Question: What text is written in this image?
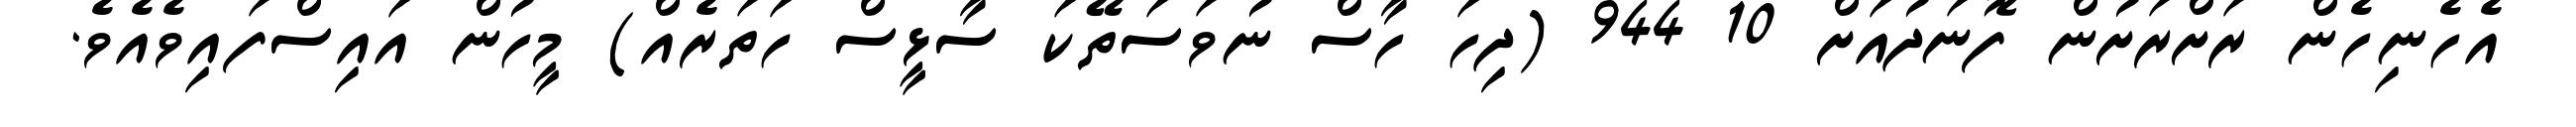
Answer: އެހެނިހެން ރަށްރަށުން ފޮނަދުއަށް 10 944 (ދިހަ ހާސް ނުވަސަތޭކަ ސާޅީސް ހަތަރެއް) މީހުން އައިސްފައިވެއެވެ.